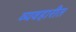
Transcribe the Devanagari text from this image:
व्यवहारीत